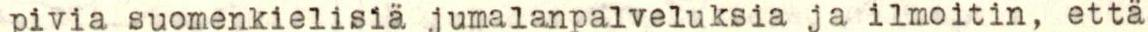
pivia suomenkielisiä jumalanpalveluksia ja ilmoitin, että